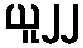
ယူ၂၂